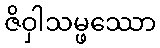
ဇိဝှါသမ္ဖဿော